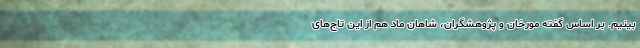
‌بینیم. بر اساس گفته مورخان و پژوهشگران، شاهان ماد هم از این تاج‌های